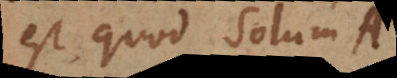
est quod solum A.